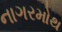
નાગરમોથ